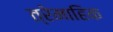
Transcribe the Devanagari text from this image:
त्रेमाहिक